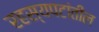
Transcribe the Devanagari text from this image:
रहस्यपटांतील